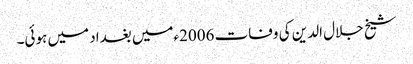
شیخ جلال الدین کی وفات 2006ءمیں بغداد میں ہوئی۔